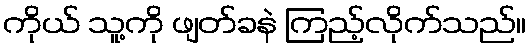
ကိုယ် သူ့ကို ဖျတ်ခနဲ ကြည့်လိုက်သည်။